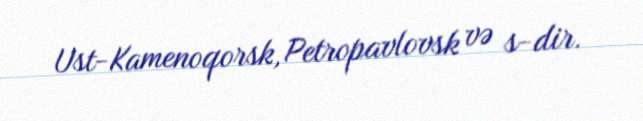
Ust-Kamenoqorsk, Petropavlovsk və s-dir.